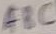
Text: ABC